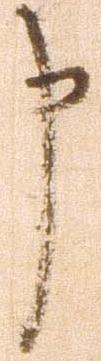
申